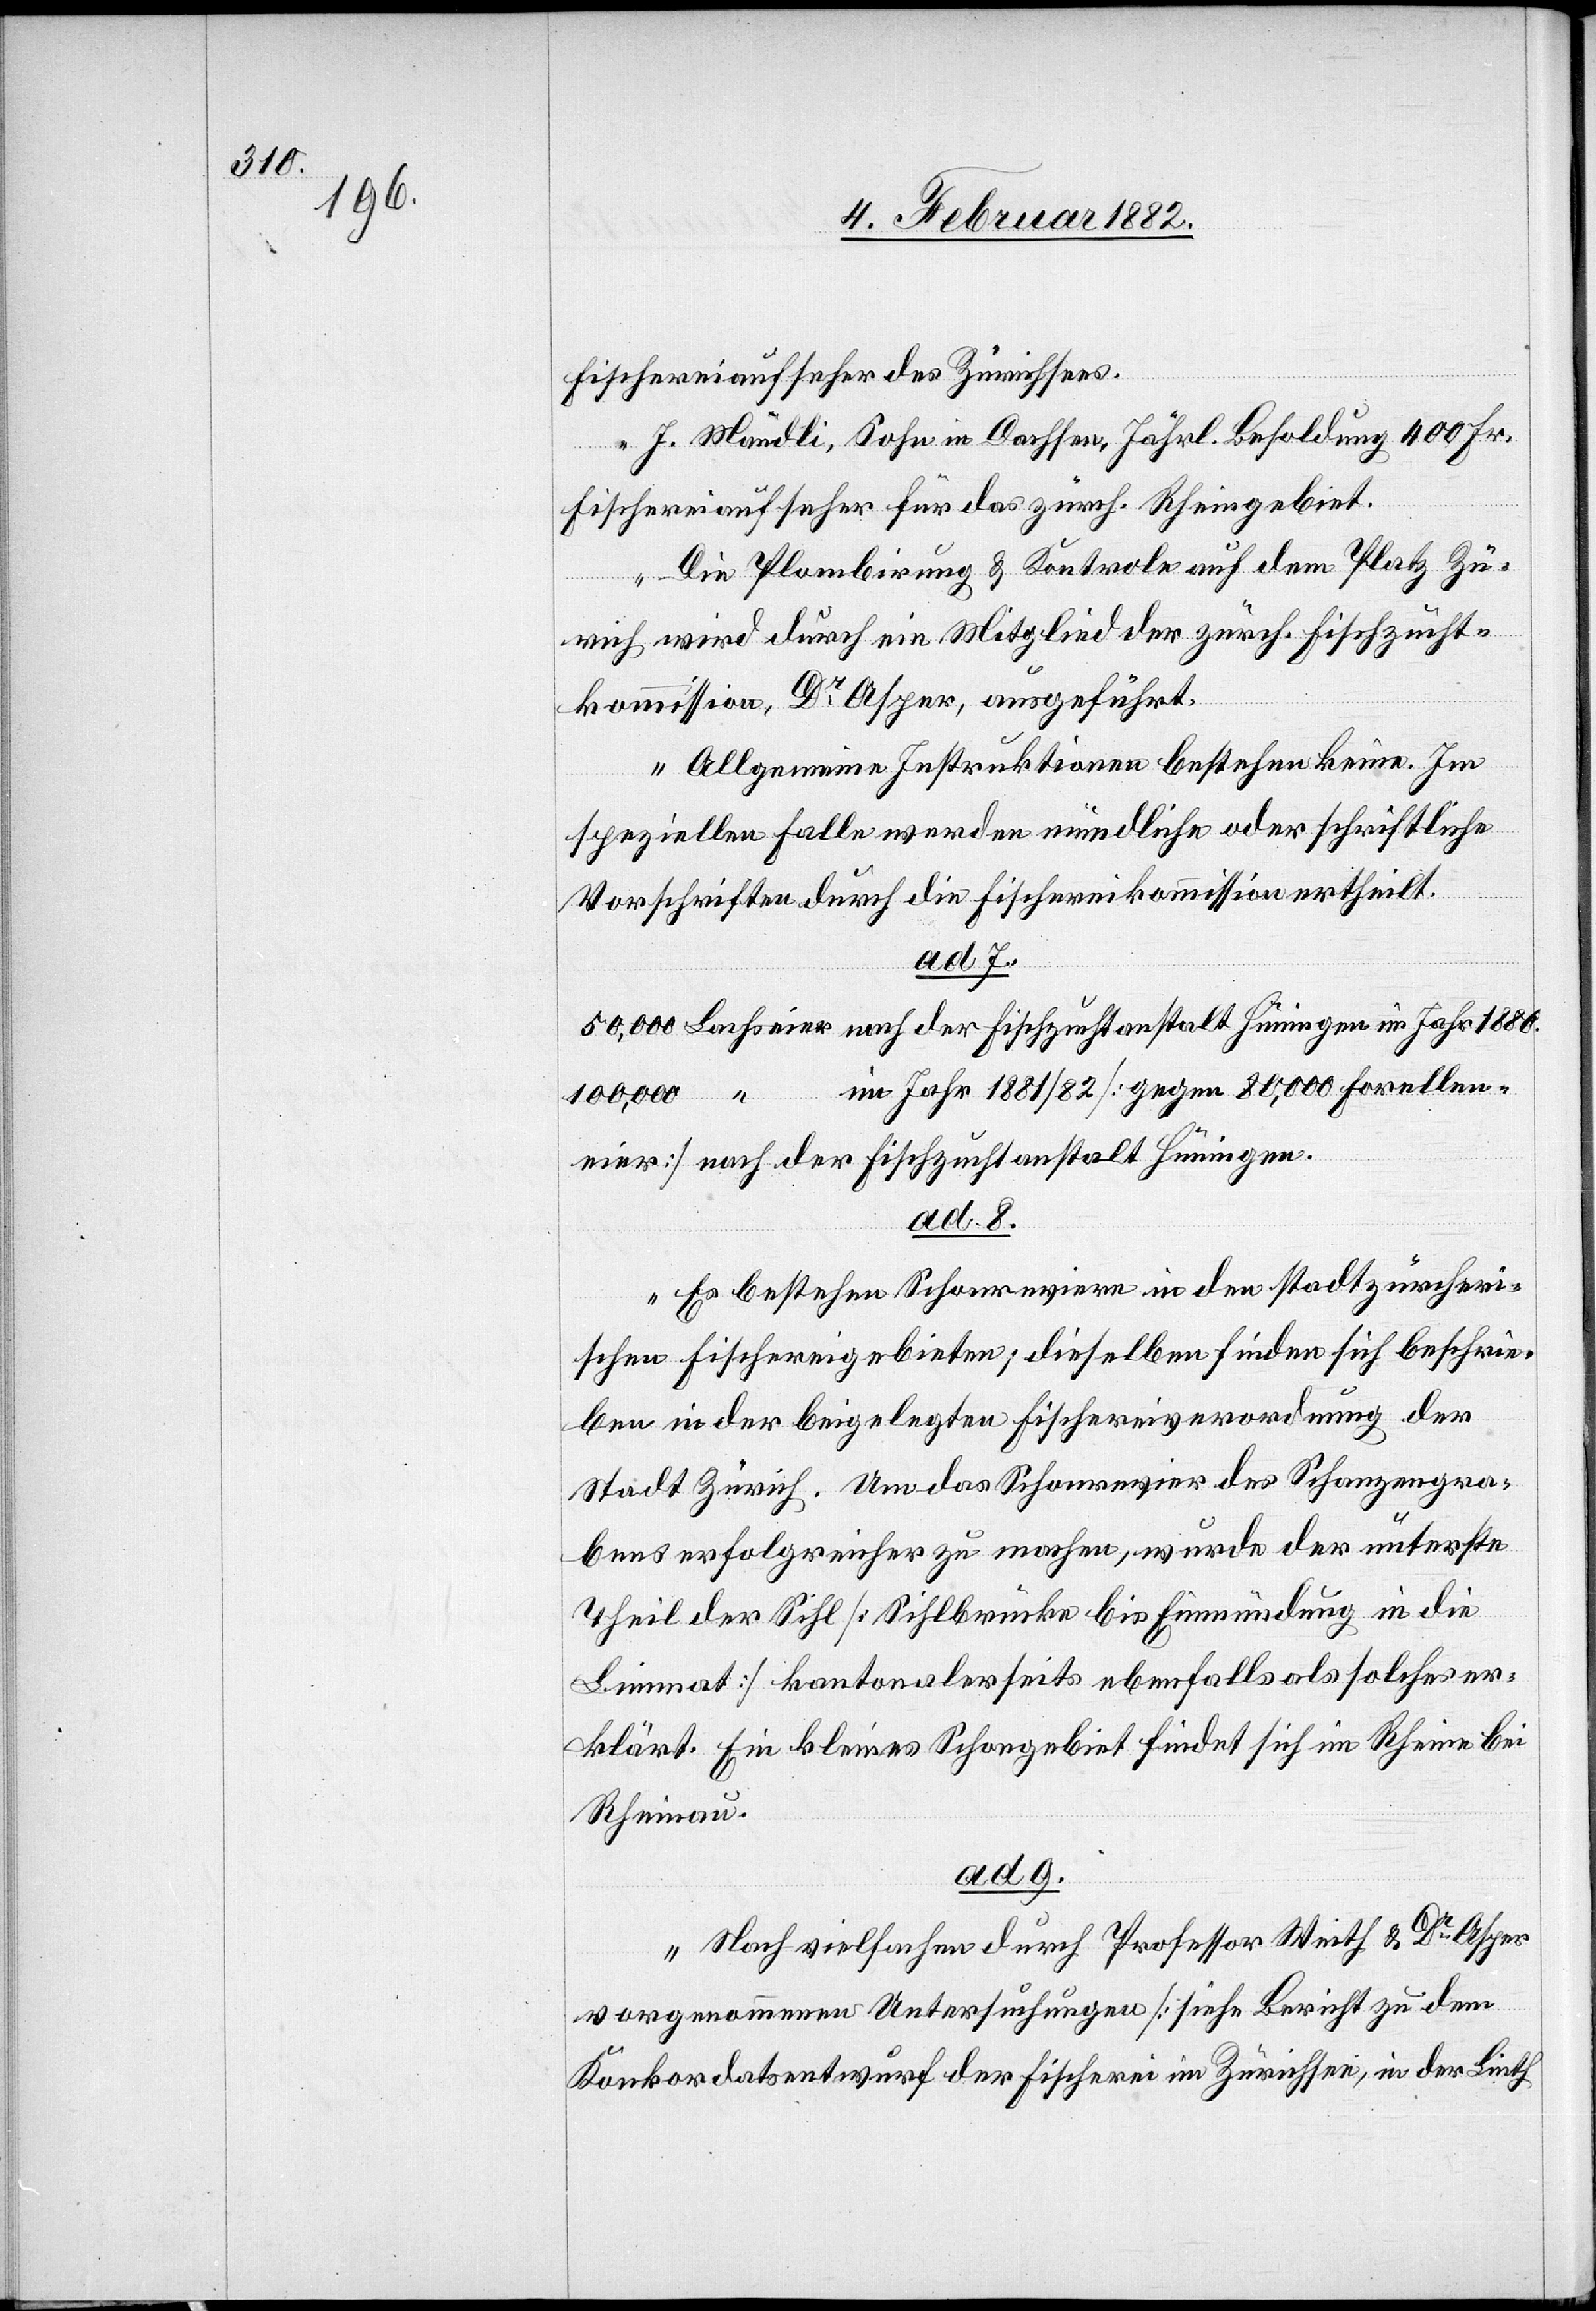
Fischereiaufseher des Zürichsees.
I. Mändli, Sohn in Dachsen, Jährl. Besoldung 400 Fr.
Fischereiaufseher für das zürch. Rheingebiet.
Die Plombirung & Kontrole auf dem Platz Zü¬
rich wird durch ein Mitglied der zürch. Fischzucht¬
kommission, Dr Asper, ausgeführt.
Allgemeine Instruktionen bestehen keine. Im
speziellen Falle werden mündliche oder schriftliche
Vorschriften durch die Fischereikommission ertheilt.
ad. 7.
50,000 Lachseier nach der Fischzuchtanstalt Hüningen im Jahr 1880.
100,000 “ im Jahr 1881/82 [gegen 80,000 Forellen¬
eier] nach der Fischzuchtanstalt Hüningen.
ad. 8.
Es bestehen Schonreviere in den stadtzürcheri¬
schen Fischereigebieten; dieselben finden sich beschrie¬
ben in der beigelegten Fischereiverordnung der
Stadt Zürich. Um das Schonrevier des Schanzengra¬
bens erfolgreicher zu machen, wurde der unterste
Theil der Sihl [Sihlbrücke bis Einmündung in die
Limmat] kantonalerseits ebenfalls als solches er¬
klärt. Ein kleines Schongebiet findet sich im Rheine bei
Rheinau.
ad. 9.
Nach vielfacher durch Professor Weith & Dr Asper
vorgenommenen Untersuchungen [siehe Bericht zu dem
Konkordatsentwurf der Fischerei im Zürichsee, in der Linth